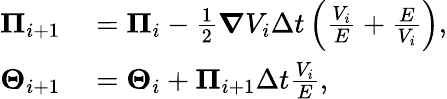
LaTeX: \begin{array}{rl}{\boldsymbol{\Pi}_{i+1}}&{{}=\boldsymbol{\Pi}_{i}-\frac{1}{2}\boldsymbol{\nabla}V_{i}\Delta t\left(\frac{V_{i}}{E}+\frac{E}{V_{i}}\right),}\\ {\boldsymbol{\Theta}_{i+1}}&{{}=\boldsymbol{\Theta}_{i}+\boldsymbol{\Pi}_{i+1}\Delta t\frac{V_{i}}{E},}\end{array}